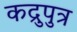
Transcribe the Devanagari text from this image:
कद्रुपुत्र